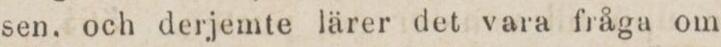
sen, och derjemte lärer det vara fråga om